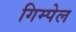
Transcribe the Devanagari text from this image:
गिम्पेल